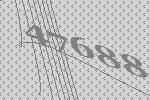
47688